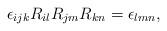
LaTeX: \begin{align*}\epsilon_{ijk} R_{il} R_{jm} R_{kn} = \epsilon_{lmn}, \end{align*}